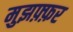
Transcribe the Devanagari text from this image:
मुझफ़्फ़र